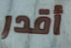
أقدر